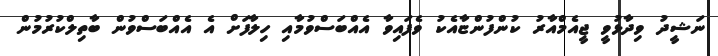
ނަޝީދު ވިދާޅުވީ ޖީއެމްއާރު ކުންފުންޏާއެކު ވެފައިވާ އެއްބަސްވުމާއި ހިލާފަށް އެ އެއްބަސްވުން ބާތިލްކުރުމުން